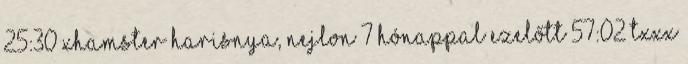
25:30 xHamster harisnya, nejlon 7 hónappal ezelőtt 57:02 TXXX